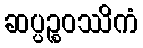
ဆပ္ပဉ္စဝဿိကံ